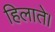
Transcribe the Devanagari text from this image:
हिलाते।